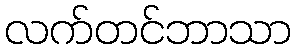
လက်တင်ဘာသာ